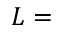
L =